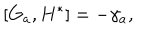
\left[ G _ { a } , H ^ { * } \right] = - \gamma _ { a } ,